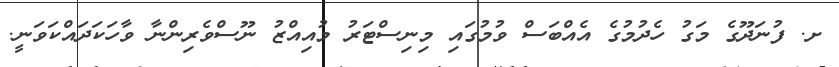
ށ. ފުނަދޫގެ މަގު ހެދުމުގެ އެއްބަސް ވުމުގައި މިނިސްޓަރު މުއިއްޒު ނޫސްވެރިންނާ ވާހަކަދައްކަވަނީ.